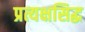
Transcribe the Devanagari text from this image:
प्रत्यक्षसिद्ध